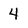
Character: 4